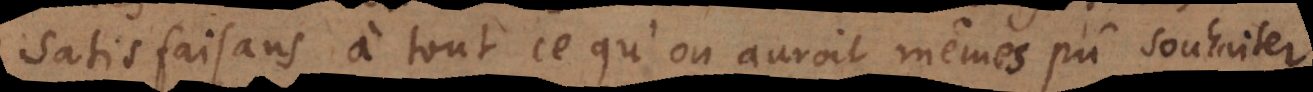
satisfaisans à tout ce qu’on auroit mêmes pû souhaiter.